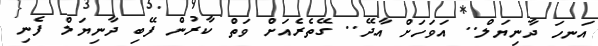
އަނހަ ދާނިޔަލް.. އަވަހަށް އާދޭ.. ގޭތެރެއަށް ވަތް ކާރުން ފޭބި ދާނިޔަލް ފެނި